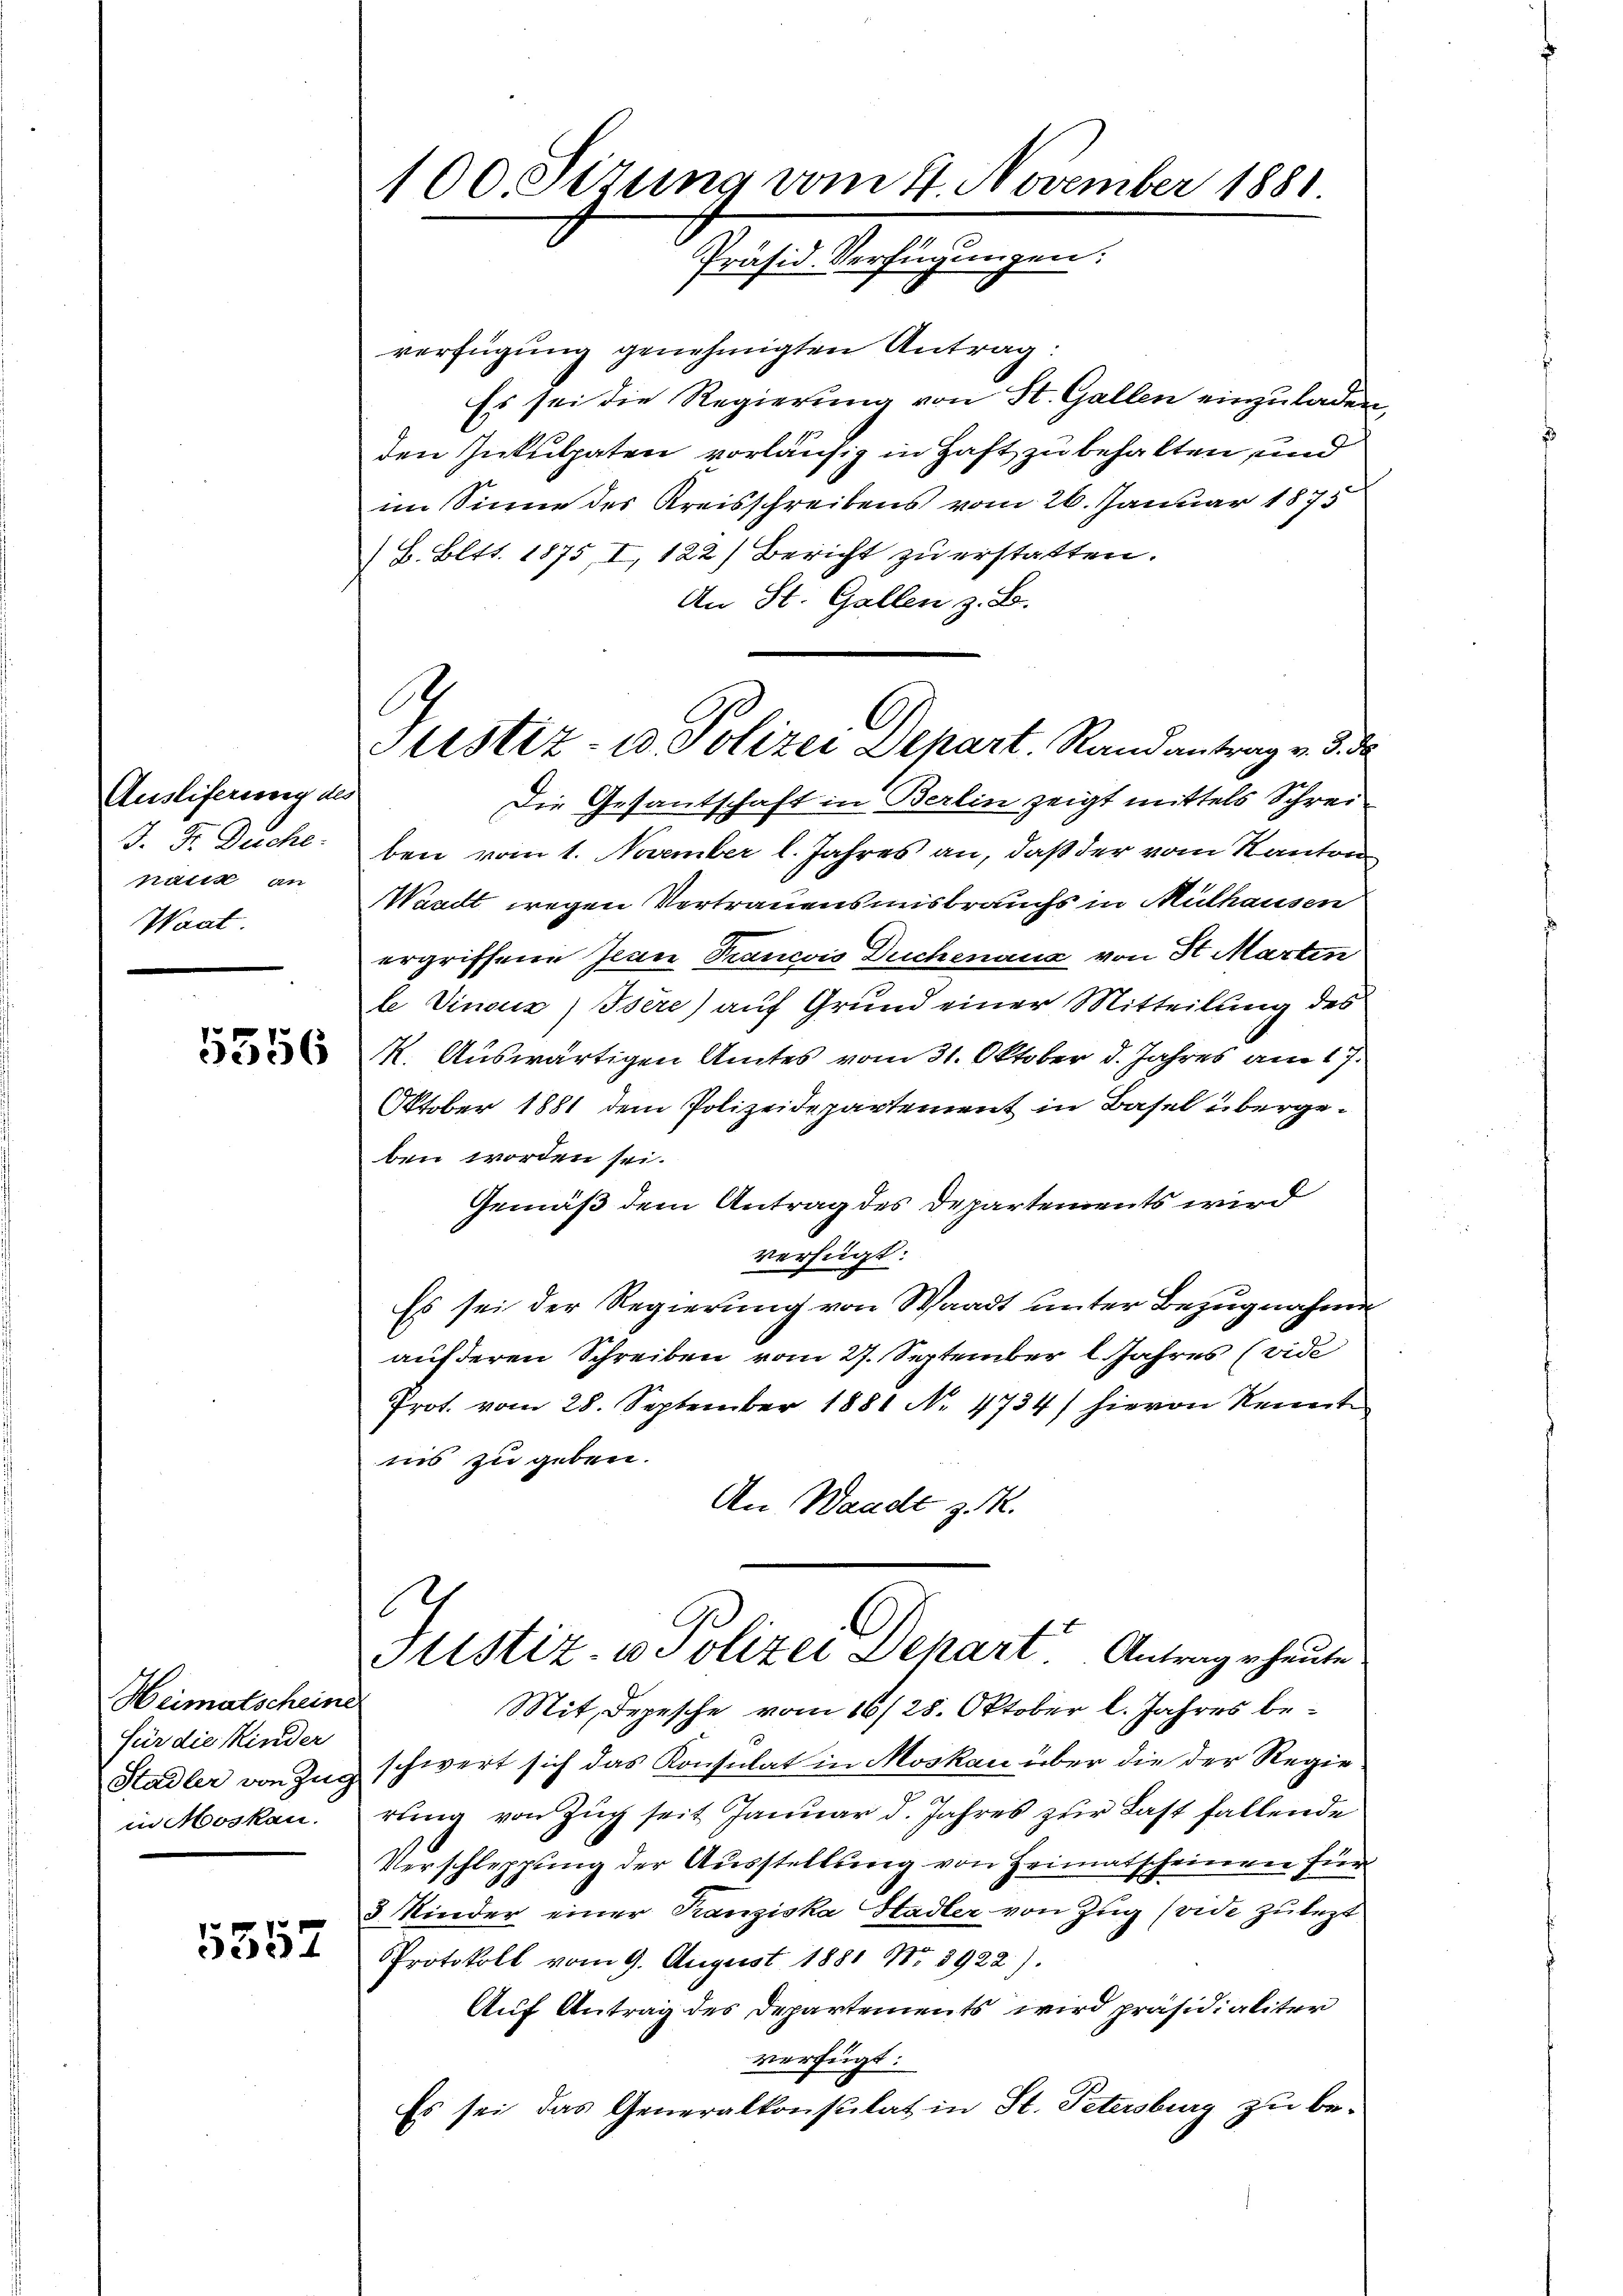
Ausliferung des
J. Fr. Duche:
natik an
Waat.

5356

Heimatscheine
für die Kinder
in Moskau

5357

verfügung genehmigten Antrag:
Es sei die Regierung von St. Gallen einzuladen,
den Inkulpaten vorläufig in Haft zu behalten und
im Sinne des Kreisschreibens vom 26. Januar 1875
B. Bett. 1875 I, 122) Bericht zu erstatten.
An St. Gallen z. B.

Die Gesantschaft in Berlin zeigt mittels Schreiben vom 1. November l. Jahres an, daß der vom Kanton
Waadt wegen Vertrauensmisbrauchs in Mülhausen
ergriffene Ivan Trancois Duchenaus von St. Martin
le Vincz) Isère) auf Grund einer Mitteilung des
M. Auswärtigen Amtes vom 31. Oktober d. Jahres am 17.
Oktober 1881 dem Polizeidepartement in Basel übergeben worden sei.
Gemäß dem Antrag des Departements wird
verfügt:
Es sei der Regierung von Waadt unter Bezugnahme
auf deren Schreiben vom 27. September l. Jahres (vide
Prot. vom 28. September 1881 No 4734/ hievon Kennt
nis zu geben.
An Waadt z. R.

100. Sizung vom 4. November 1881.
Präsid. Verfügungen:

.
Justiz- u. Polizei Depart. Randantrag v. 3. d

A
Itistiz- u Polizei Depart. Antrage heute

Mit, Depesche vom 16/28. Oktober l. Jahres be¬
Stadler von Zug schwert sich das Konsulat in Moskau über die der Regie
d
rung von Zug seit Januar d. Jahres zur Last fallende
Verschleppung der Ausstellung von Heimatscheinen für
3 Kinder einer Tanziska Hadler von Zug (vide zulezt
Protokoll vom 9. August 1881 No. 3922).
Auf Antrag des Departements wird präsidialiter
verfügt:
Es sei das Generalkonsulat in St. Petersburg zu be¬